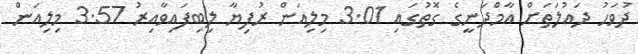
ދުވަހު ދައުލަތަށް އާމްދަނީގެ ގޮތުގައި 3.01 މިލިއަން ރުފިޔާ ލިބިފައިވާއިރު 3.57 މިލިއަން